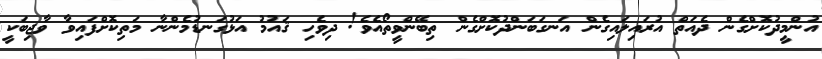
އުންމީދުކޮށްގެން ދެއަތް އުރައިލައިގެން އަނގަބަންދުކޮށްގެން ތިބޭންވީތޯއެވެ! ދިވެހި ޤައުމު އަޅުގަނޑުމެންނާ މަތިކޮށްފައިވާ ވާޖިބަކީ